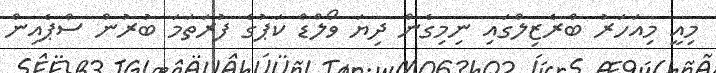
މިއީ މިއަހަރު ބްރެޒިލްގައި ނިމިގެން ދިޔަ ވޯލްޑް ކަޕުގެ ފުރަތަމަ ބުރުން ސްޕެއިން